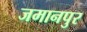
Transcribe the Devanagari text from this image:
जमानपुर